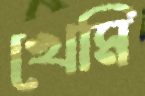
খেমি